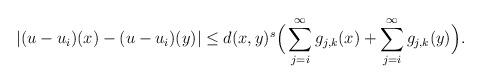
LaTeX: \begin{align*}|(u-u_i)(x)-(u-u_i)(y)|\le d(x,y)^s\Big( \sum_{j=i}^\infty g_{j,k}(x)+ \sum_{j=i}^\infty g_{j,k}(y)\Big).\end{align*}